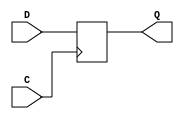
module prim(output reg Q, input D, C);
   always @(posedge C)
     Q <= D;
endmodule